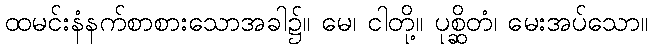
ထမင်းနံနက်စာစားသောအခါ၌။ မေ၊ ငါတို့။ ပုစ္ဆိတံ၊ မေးအပ်သော။